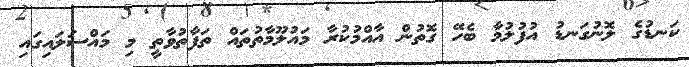
ކަނޑުގެ ލޮނުގަނޑު އުފުލުމާ ބެހޭ ގޮތުން އާއްމުކުރާ މައުލޫމާތުތައް ތަފާތުވާތީ މި މައްސަލައިގައި